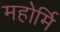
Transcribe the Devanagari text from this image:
महोर्मि